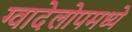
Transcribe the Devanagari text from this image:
ग्वादेलोपमध्ये